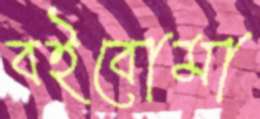
বইবোমা